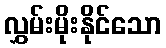
လွှမ်းမိုးနိုင်သော